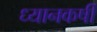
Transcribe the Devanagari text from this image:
ध्यानकर्षी